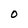
Character: O